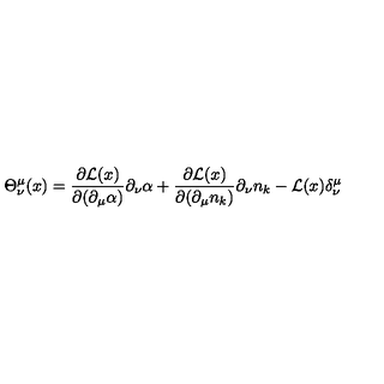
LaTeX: \Theta _ { \nu } ^ { \mu } ( x ) = \frac { \partial { \cal L } ( x ) } { \partial ( \partial _ { \mu } \alpha ) } \partial _ { \nu } \alpha + \frac { \partial { \cal L } ( x ) } { \partial ( \partial _ { \mu } n _ { k } ) } \partial _ { \nu } n _ { k } - { \cal L } ( x ) \delta _ { \nu } ^ { \mu }